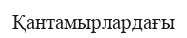
Қантамырлардағы